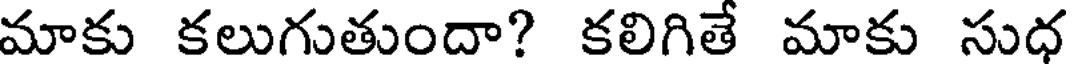
మాకు కలుగుతుందా? కలిగితే మాకు సుధ